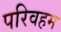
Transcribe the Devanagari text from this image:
परिवहम